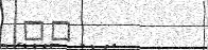
٨١